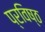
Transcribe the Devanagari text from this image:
प्रविष्‍ठ